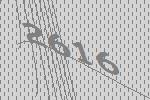
2616